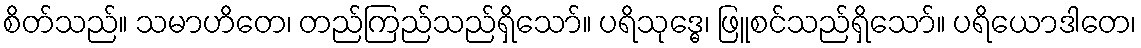
စိတ်သည်။ သမာဟိတေ၊ တည်ကြည်သည်ရှိသော်။ ပရိသုဒ္ဓေ၊ ဖြူစင်သည်ရှိသော်။ ပရိယောဒါတေ၊